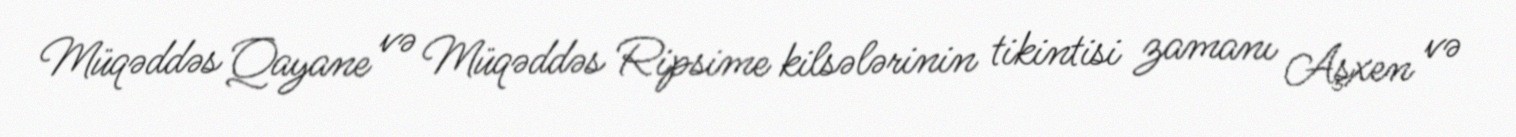
Müqəddəs Qayane və Müqəddəs Ripsime kilsələrinin tikintisi zamanı Aşxen və